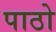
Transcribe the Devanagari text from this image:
पाठो